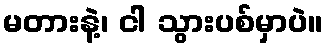
မတားနဲ့၊ ငါ သွားပစ်မှာပဲ။